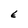
Character: E